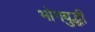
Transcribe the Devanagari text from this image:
भोगबुद्धी